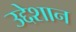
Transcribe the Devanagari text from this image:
उद्देशान